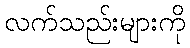
လက်သည်းများကို